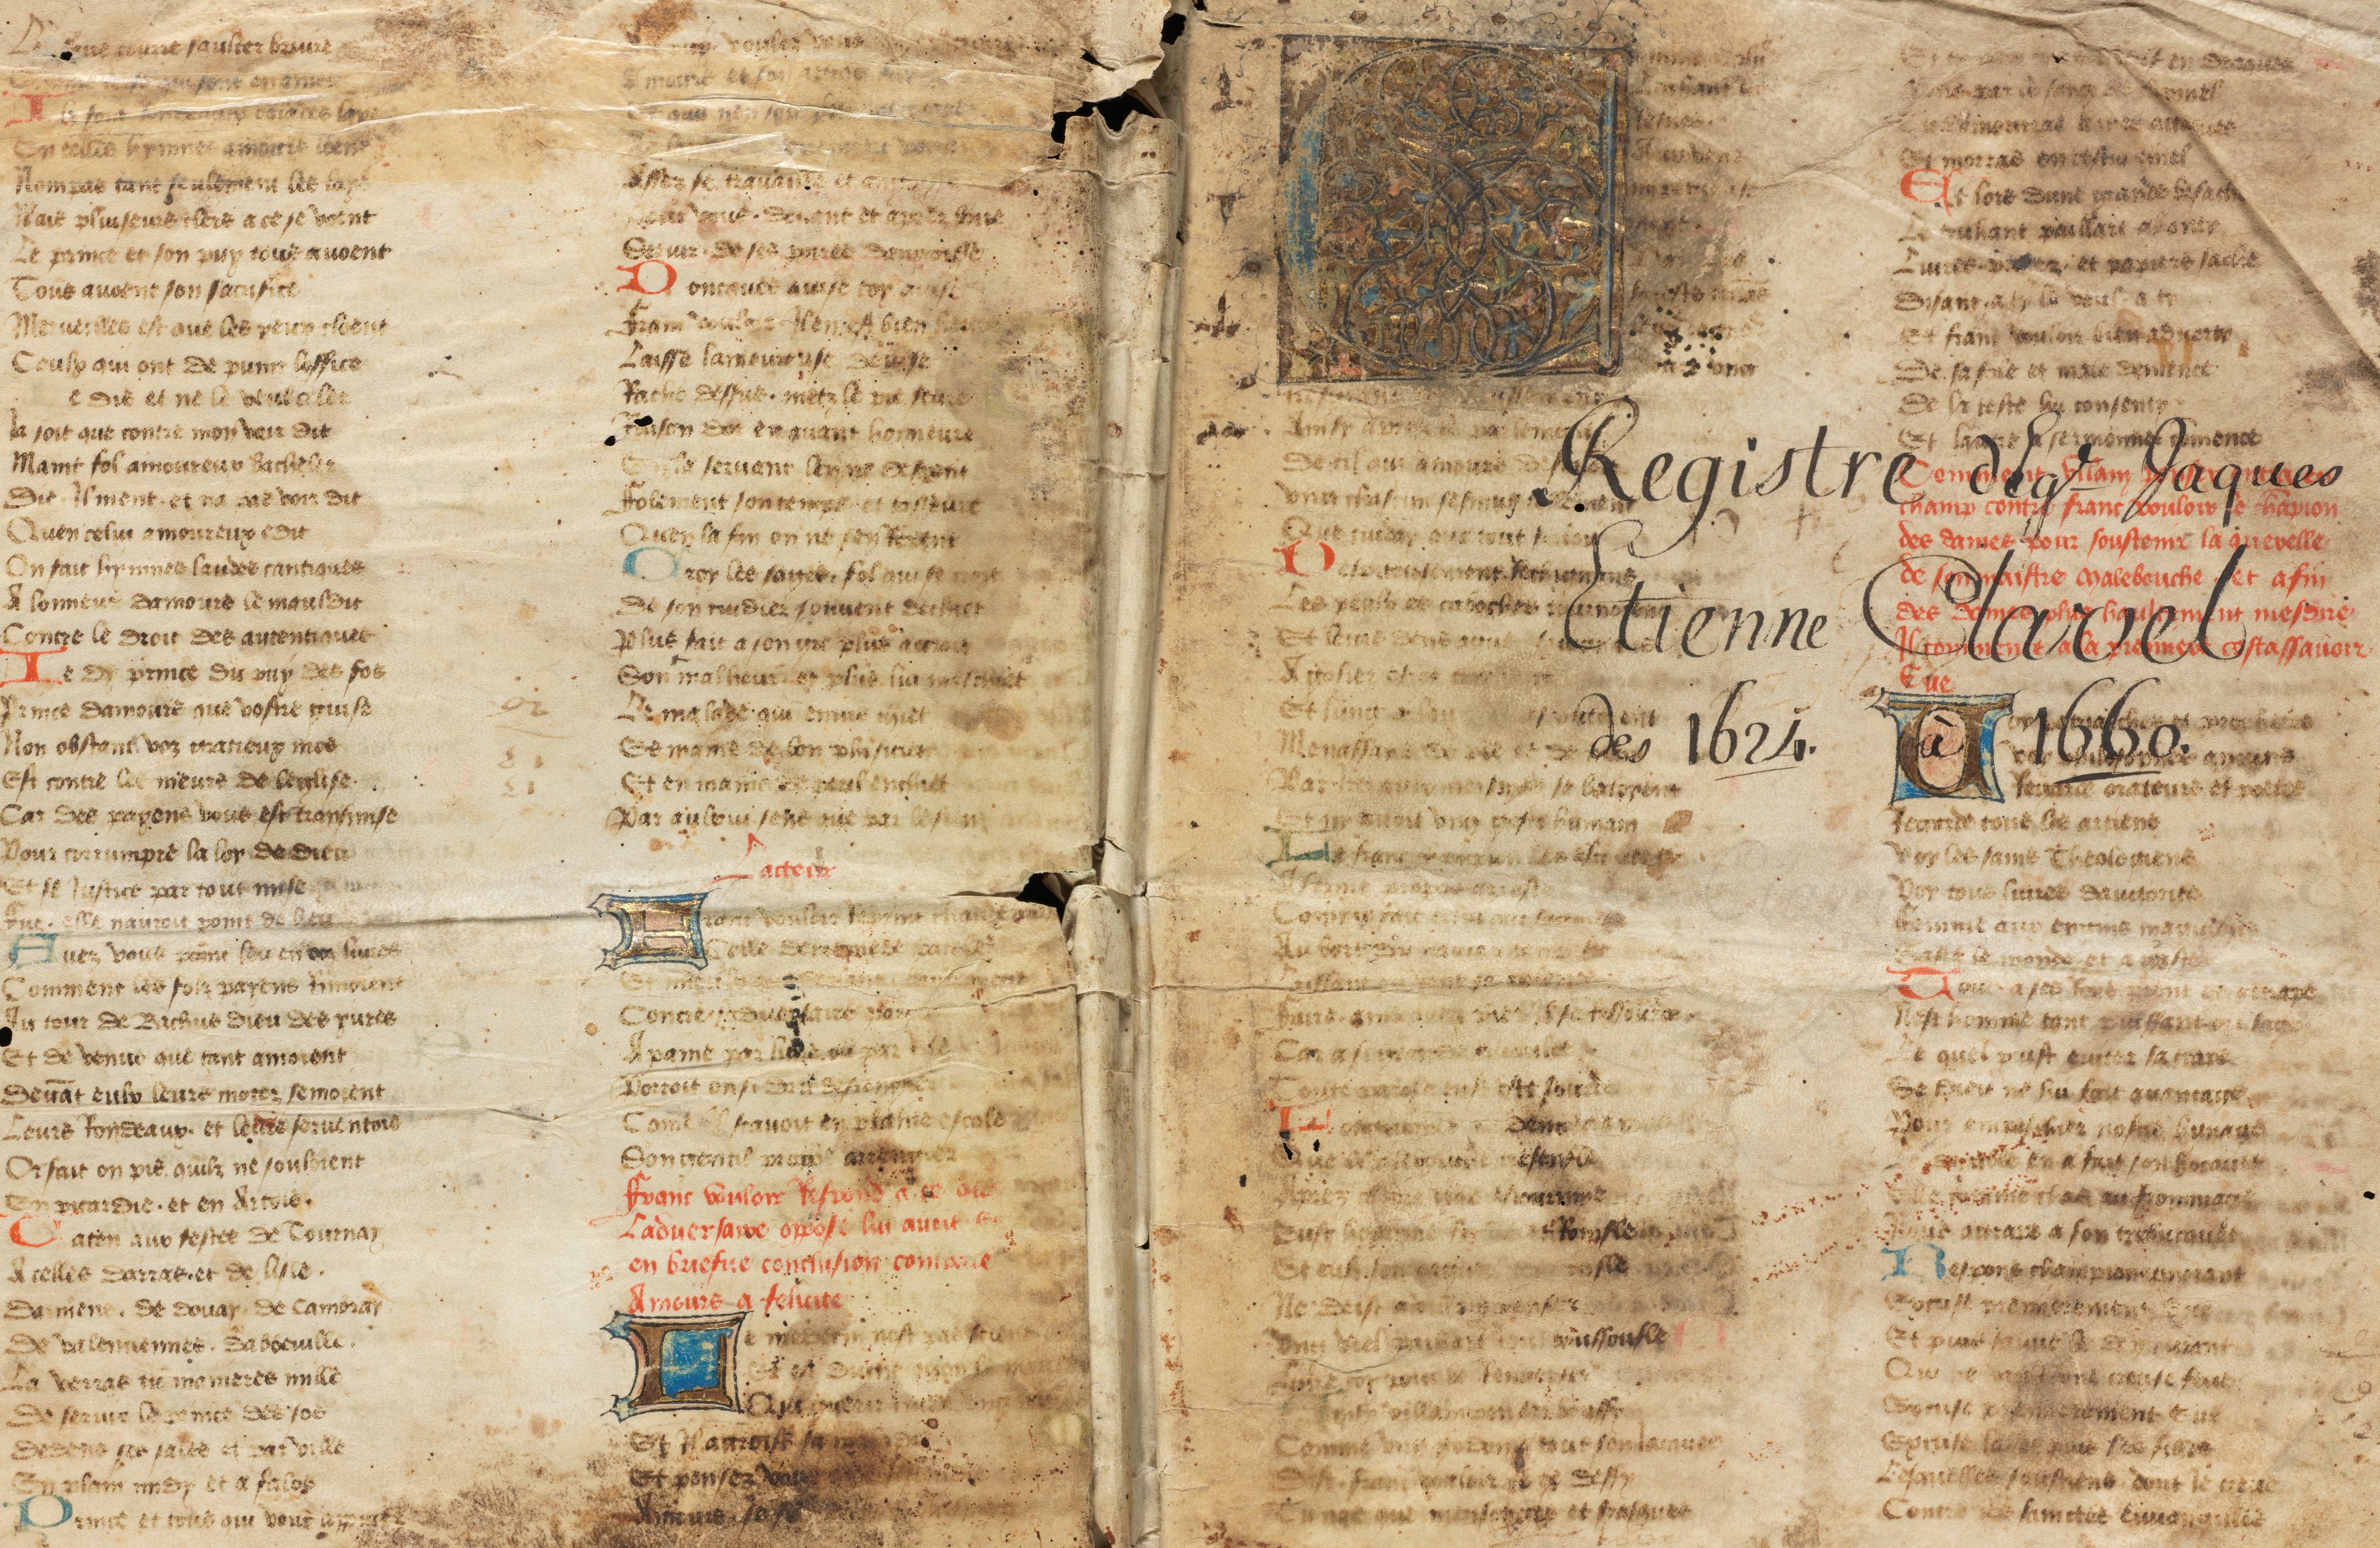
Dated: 1442–1480